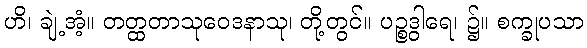
ဟိ၊ ချဲ့အံ့။ တတ္ထတာသုဝေဒနာသု၊ တို့တွင်။ ပဉ္စဒွါရေ၊ ၌။ စက္ခုပသာ